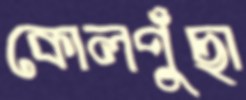
কোলপুুঁছা